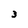
Character: 3